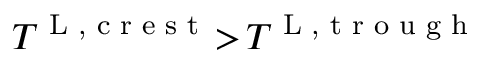
T ^ { \textnormal { L , c r e s t } } \! > \! T ^ { \textnormal { L , t r o u g h } }